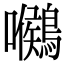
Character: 𪅺